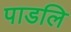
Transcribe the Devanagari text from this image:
पाडलि